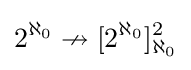
\displaystyle 2^{\aleph _{0}}\nrightarrow [2^{\aleph _{0}}]_{\aleph _{0}}^{2}